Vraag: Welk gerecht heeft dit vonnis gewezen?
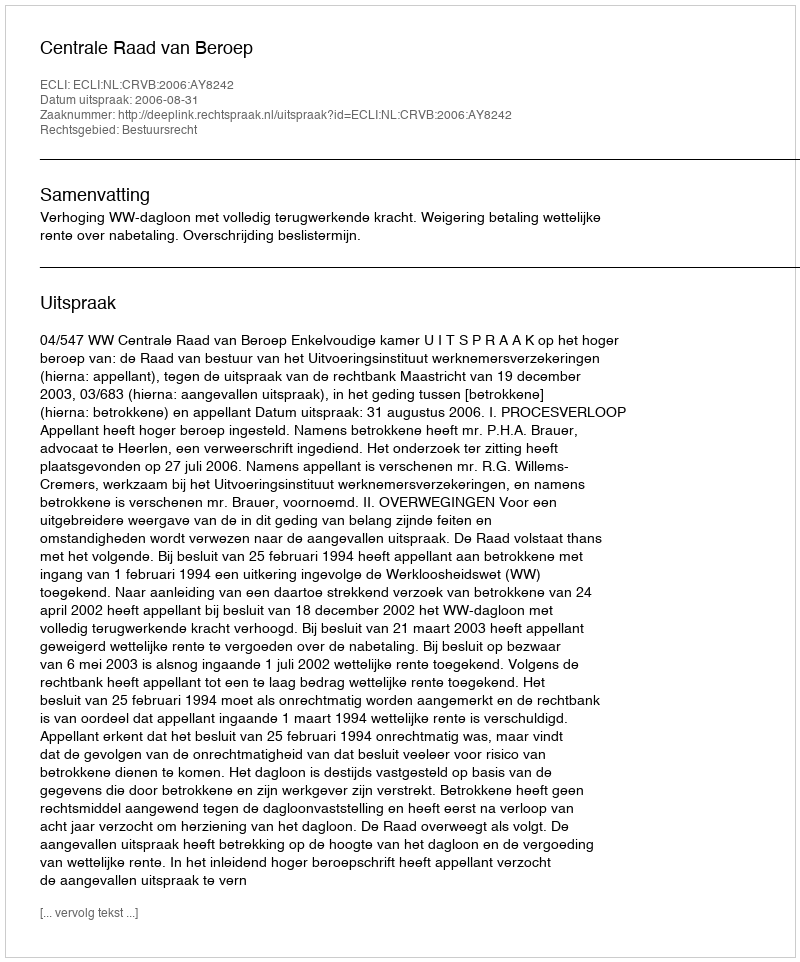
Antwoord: Centrale Raad van Beroep